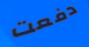
دفعت